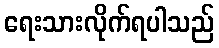
ရေးသားလိုက်ရပါသည်